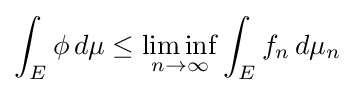
\int _{E}\phi \,d\mu \leq \liminf _{n\rightarrow \infty }\int _{E}f_{n}\,d\mu _{n}